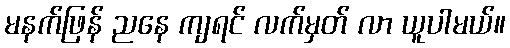
မနက်ဖြန် ညနေ ကျရင် လက်မှတ် လာ ယူပါမယ်။